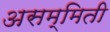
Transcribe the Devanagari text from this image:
असम्मिती